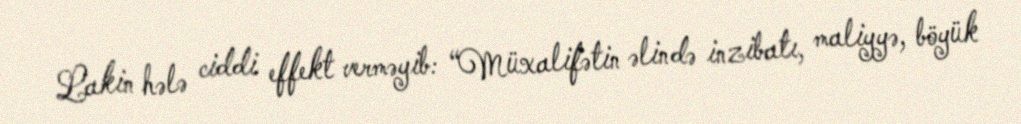
Lakin hələ ciddi effekt verməyib: “Müxalifətin əlində inzibatı, maliyyə, böyük